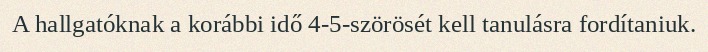
A hallgatóknak a korábbi idő 4-5-szörösét kell tanulásra fordítaniuk.